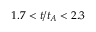
1 . 7 < t / t _ { A } < 2 . 3